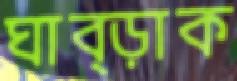
ঘাব্‌ড়াক